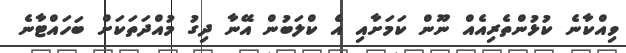
ވިއްކާނެ ކުޅުންތެރިއެއް ނޫން ކަމަށާއި އެ ކްލަބުން އޭނާ ދިގު މުއްދަތަކަށް ބަހައްޓާނެ